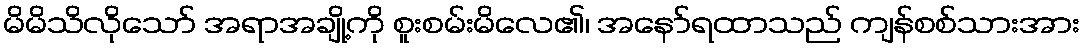
မိမိသိလိုသော် အရာအချို့ကို စူးစမ်းမိလေ၏၊ အနော်ရထာသည် ကျန်စစ်သားအား